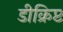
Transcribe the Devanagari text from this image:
डीक्रिप्ट